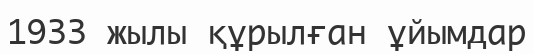
1933 жылы құрылған ұйымдар